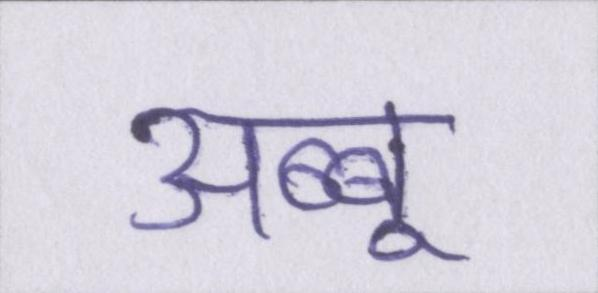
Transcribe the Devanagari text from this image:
अब्बू